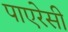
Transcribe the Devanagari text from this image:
पाएरेसी